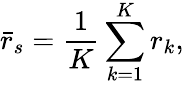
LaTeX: {\bar{r}}_{s}={\frac{1}{K}}\sum_{k=1}^{K}r_{k},